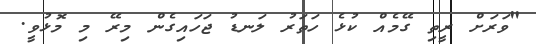
"ވަރަށް ރީތި ގޭމެއް ކުޅެ ހަތަރު ލަނޑު ޖަހައިގެން މިރޭ މި މޮޅުވީ.